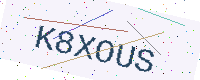
Text: K8XOUS